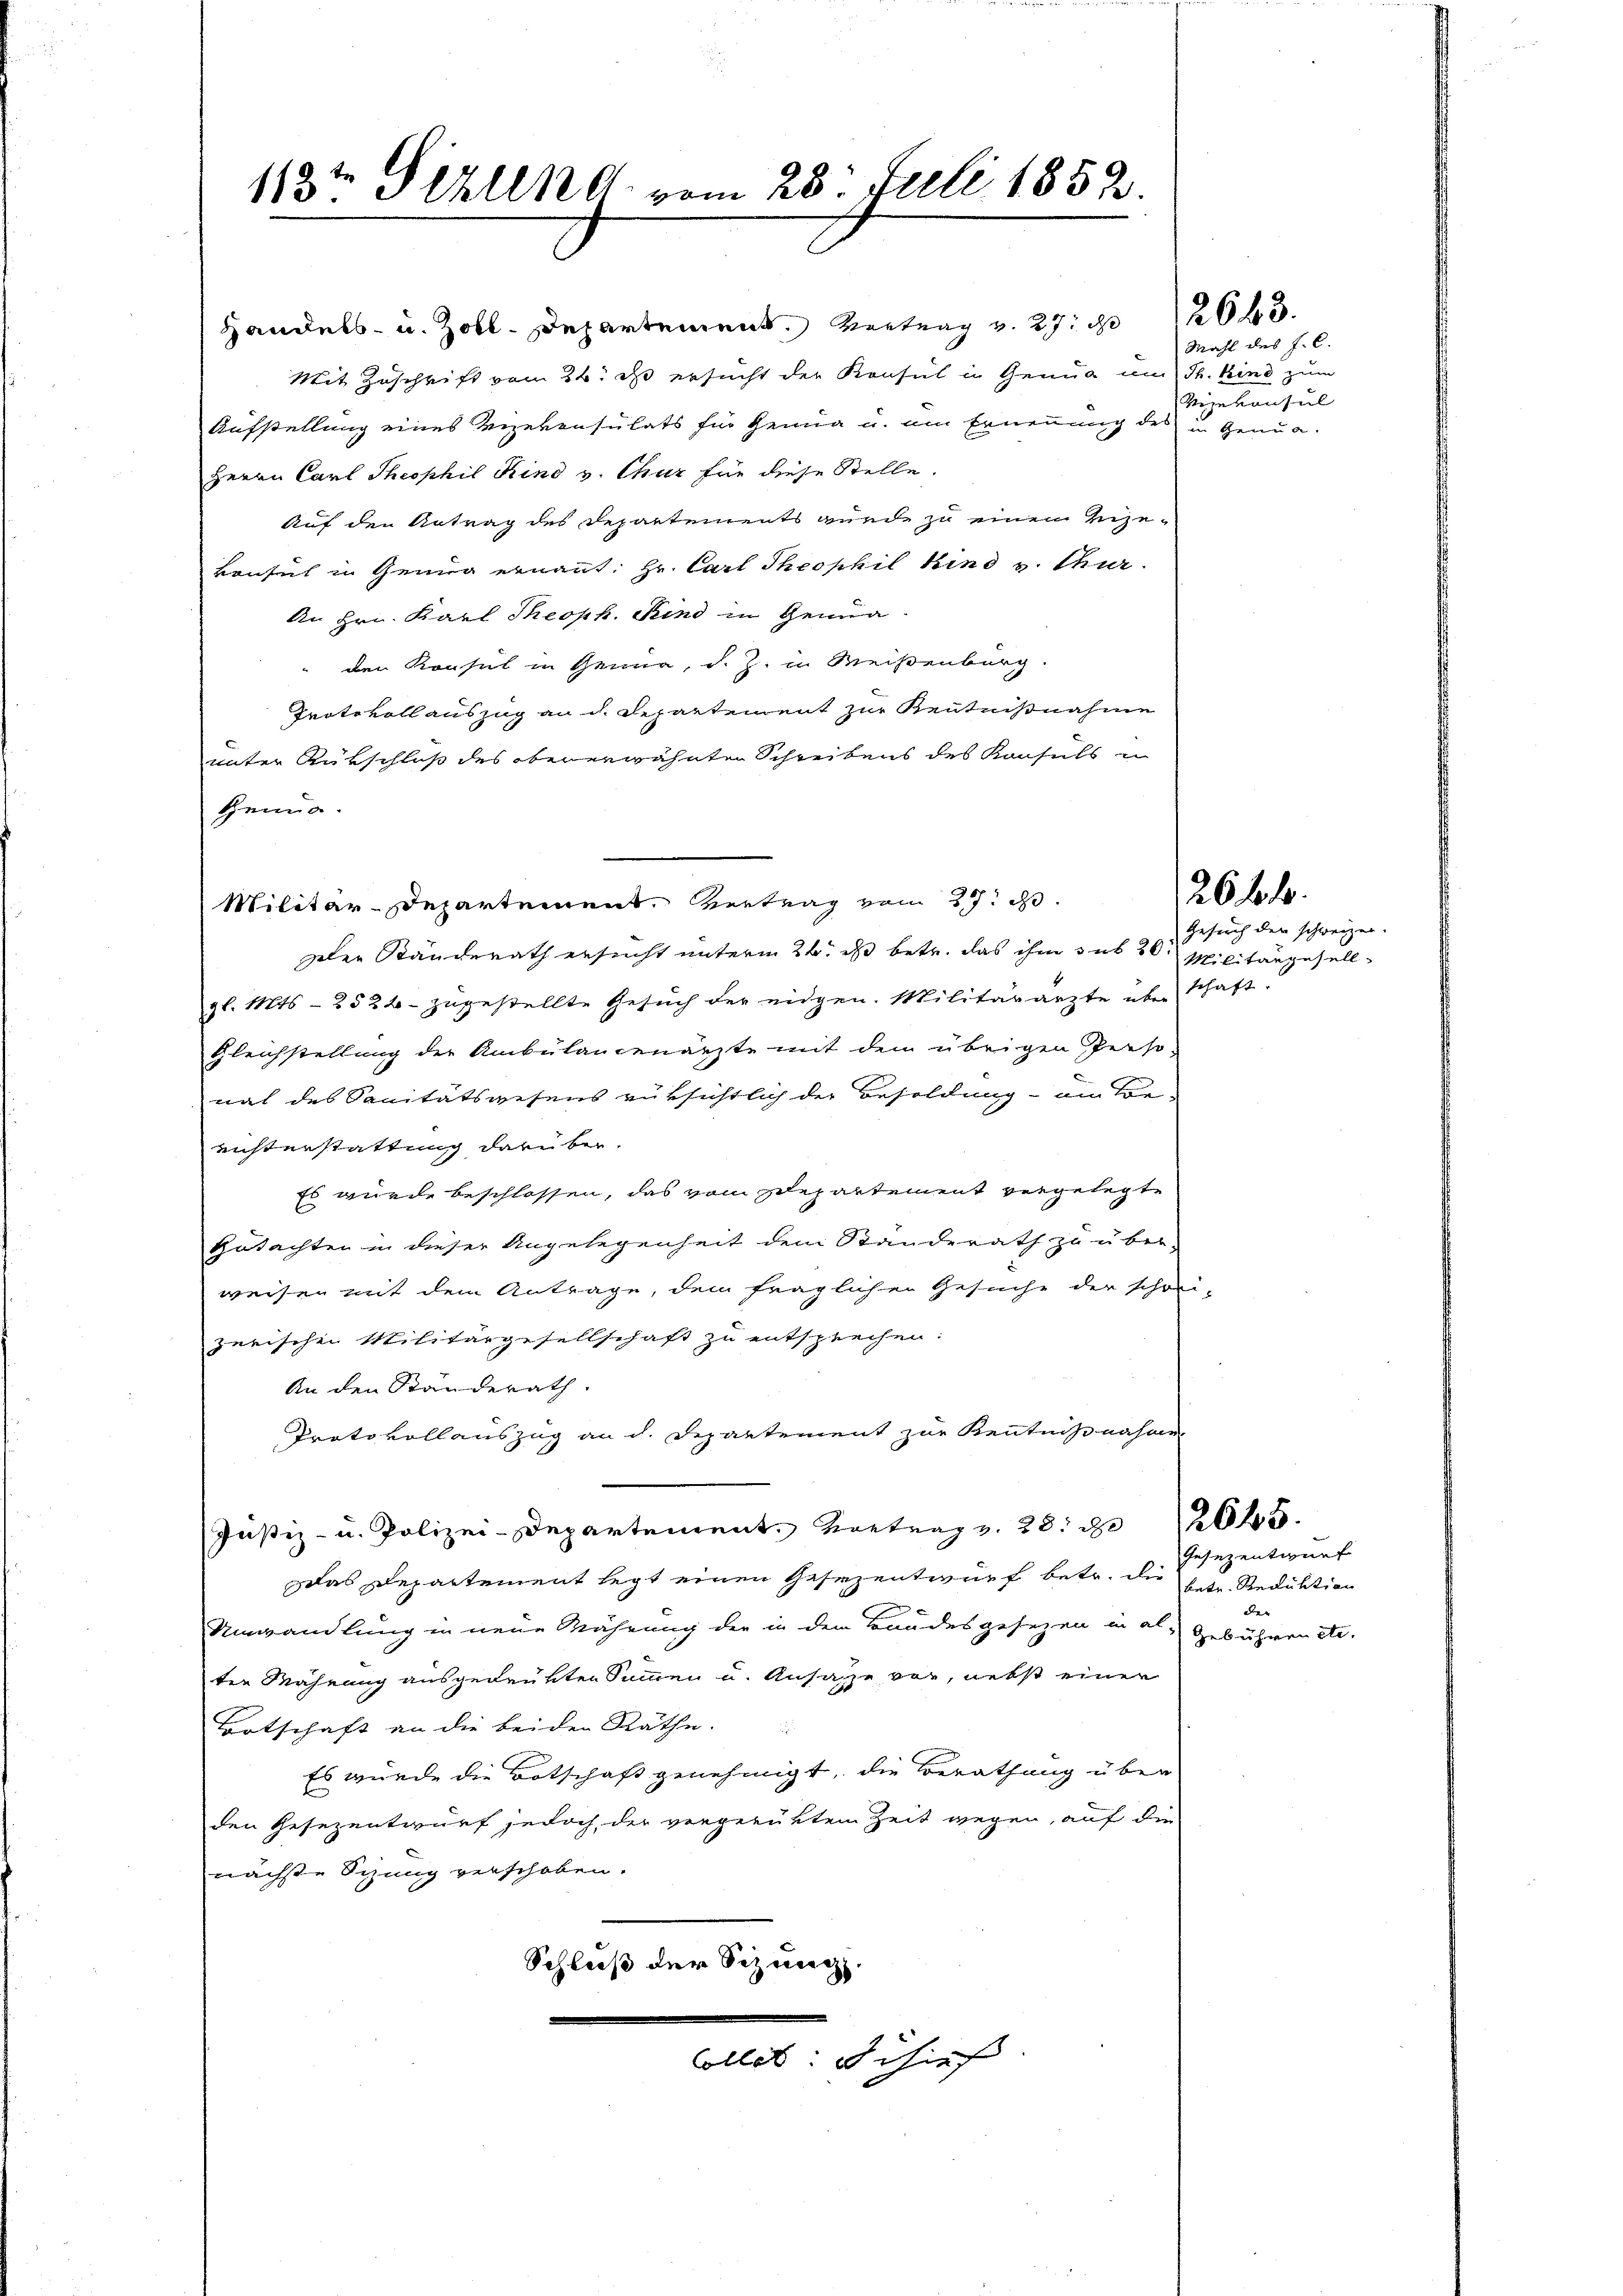
113t Sekung vom 28. Juli 1852.

Handels- u. Zoll. Departement. Vertrag v. 27. 263.
Mit Zuschrift vom 24t d ersucht der Konsul in Genua um Th. Kind zum
Aufstellung eines Vizekonsulats für Genua u. am Ernennung des in Genua-
Herrn Carl Theophil Kind v. Chur für diese Stelle.
Auf den Antrag des Departements gende zu einen Zize-
konsul in Genug ernannt: Hr. Carl Theophil Kind v. Chur-
An Hrn. Karl Theoph. Kind in Genuaden Konsul in Genua, d. J. in Meisenburg.
Protokollauszug an d. Departement zur Kentnißnahme
unter Rutschluß des obenerwähnten Schreibens des Konsuls in
Genug.
Militär-Departement. Vertrag vom 27. d.
zler Ständerath ersucht unterm 26. ds betr. das ihm sub 30 Militargesellgl. Mts. - 2524 - zugestellte Gesuch der eidgen. Militärärzte über schaft.
Gleichstellung der Ambülancenärzte mit dem übrigen Perso-
nat des Sanitätswesens rüksichtlich der Besoldung am Vor-
eichterstattung darüber.
Es wurde beschlossen, das vom Separtement vergelegte
Gutachten in dieser Angelegenheit dem Standerath zu über-
weisen mit dem Antrage, dem fraglichen Gesuche der schöni-
zerischen Militärgesellschaft zu entsprechen:
An den Standerath.
Protokollauszug an d. Departement zur Kenntnißnahme
ŭβ- u Polizeidepartement. Vortrag v. 28. 32645.
das Departement legt einen Gesezentwurf betr. die
Umwandlung in neue Währung der in dem Bandesgesezen in al-
ten Wahrung ausgedrükten Summen u. Ansasse vor, nebst einer
Bootschaft an die beiden Räthe.
Es wurde die Botschaft genehmigt, die Berathung über
den Gesezentwurf jedoch der vergerüktem Zeit wegen, auf die
nächste Sitzung verschoben.
Schluß der Schweiz.

Colles. Schies

Mahl des J. C.
Vizekonsul

Gesuch der schweizer.

26 f 1

Gesezentwurf
betr. Reduktion
der
Gebühren etc.